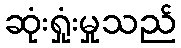
ဆုံးရှုံးမှုသည်